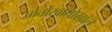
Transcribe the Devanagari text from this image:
पोर्तोखालोखाल